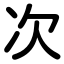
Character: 次